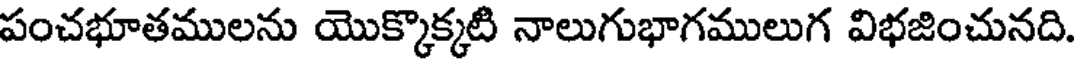
పంచభూతములను యొక్కొక్కటి నాలుగుభాగములుగ విభజించునది.